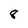
Character: 8